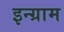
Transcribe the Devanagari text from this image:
इन्ग्राम